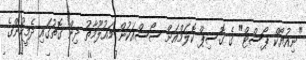
"ނިއުޔޯކް ޕޯސްޓް" ގެ ގޮސިޕް ކޮލަމްއަށް ސޯސްއަކުން މައުލޫމާތު ދިން ގޮތުގައި ދެމީހުންގެ